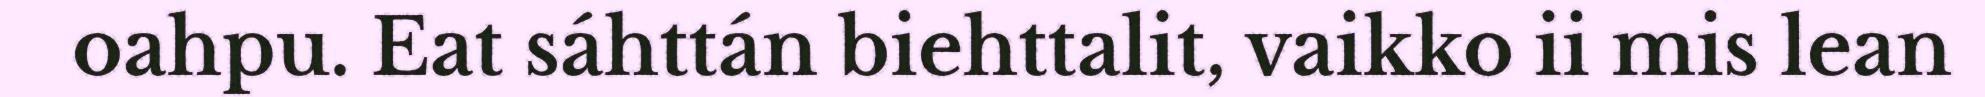
oahpu. Eat sáhttán biehttalit, vaikko ii mis lean